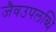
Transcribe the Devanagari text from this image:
जैवउपलब्धि